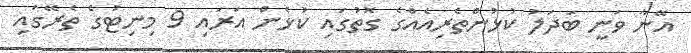
އޭނާ ވަނީ ބަދަލު ކުޅުންތެރިއެއްގެ ގޮތުގައި ކުޅެން އަރައި 9 މިނިޓުގެ ތެރޭގައި